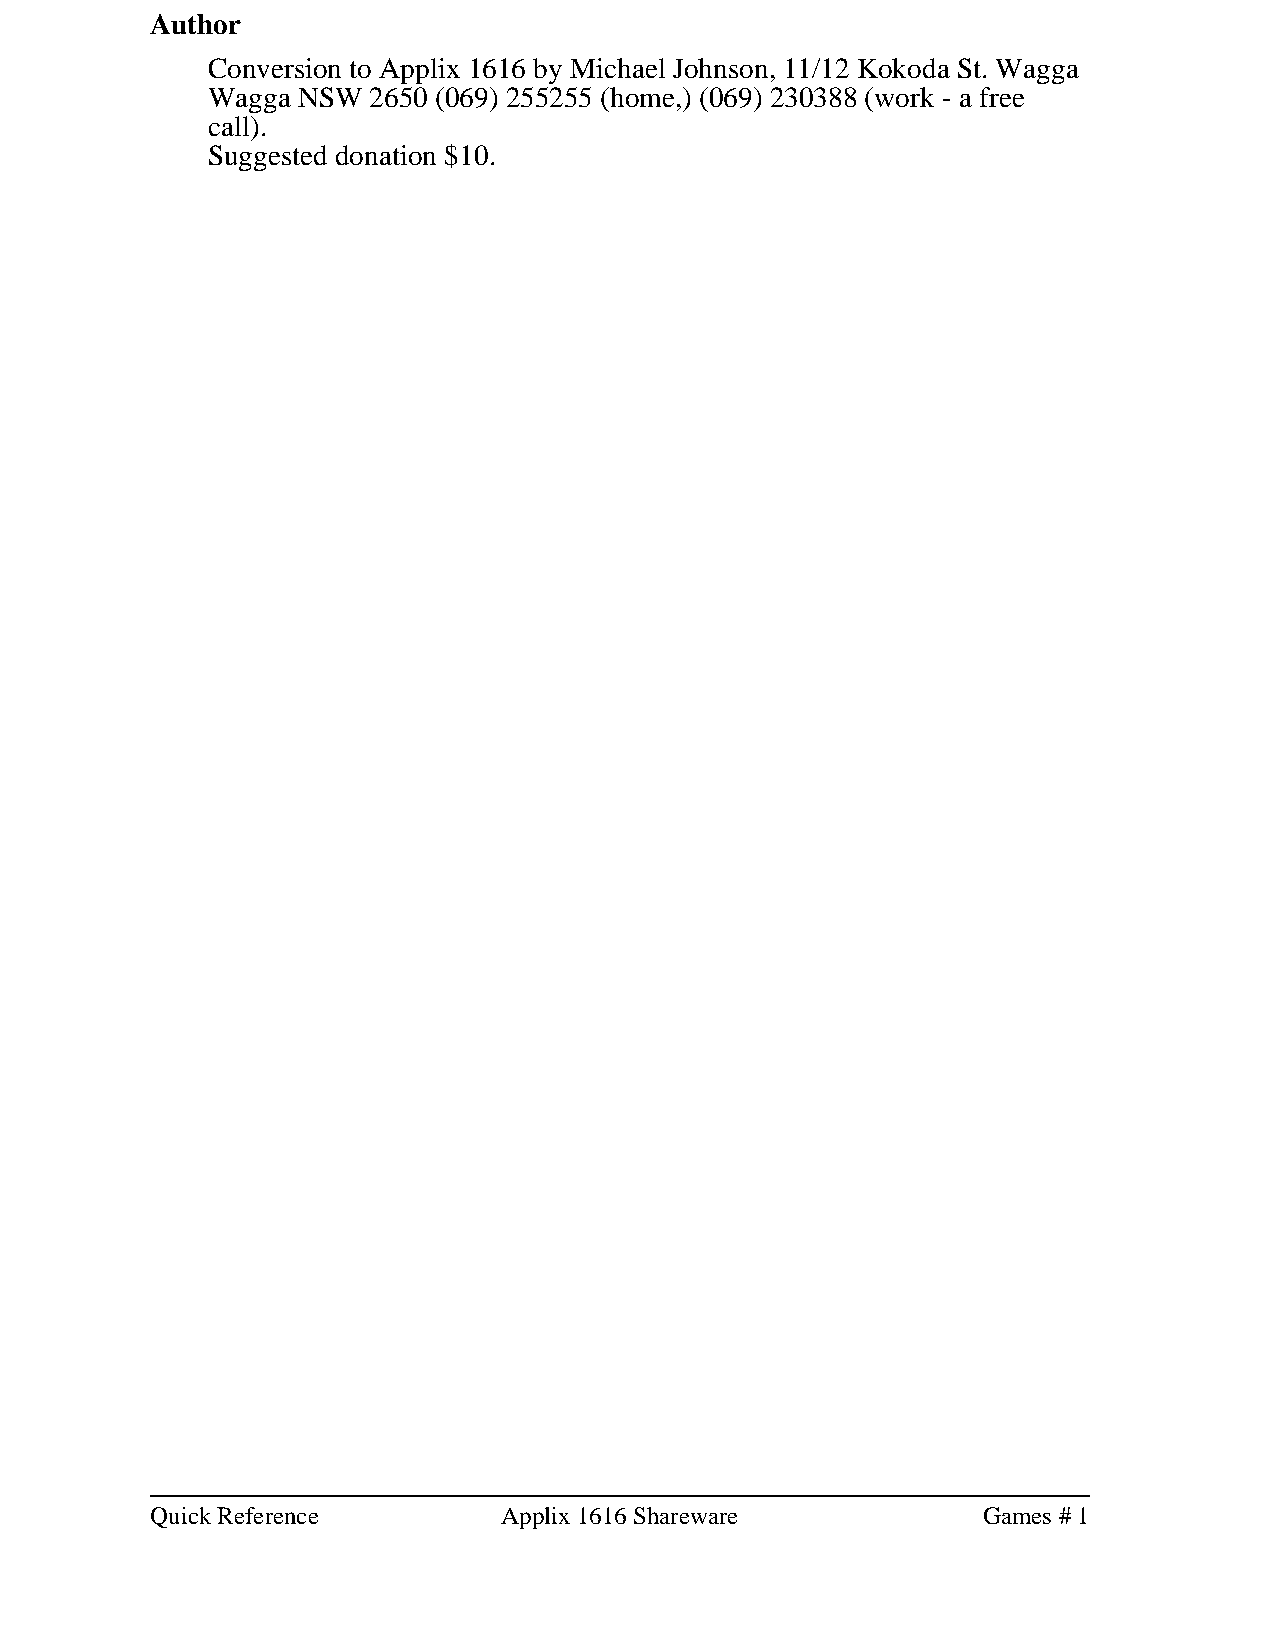
Author
 Conversion to Applix 1616 by Michael Johnson, 11/12 Kokoda St. Wagga
 Wagga NSW  2650 (069) 255255 (home,) (069) 230388 (work - a free
 call).
 Suggested donation $10.
 Quick Reference        Applix 1616 Shareware           Games # 1